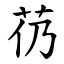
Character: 芿